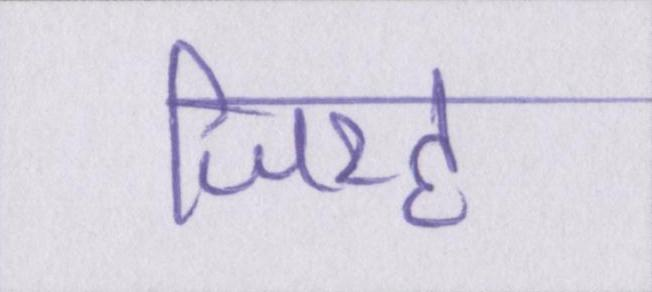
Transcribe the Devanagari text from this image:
जिरह